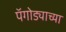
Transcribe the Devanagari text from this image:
पॅगोड्याच्या